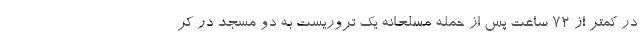
در کمتر از ۷۲ ساعت پس از حمله مسلحانه یک تروریست به دو مسجد در کر